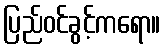
ပြည်ဝင်ခွင့်ကရော။